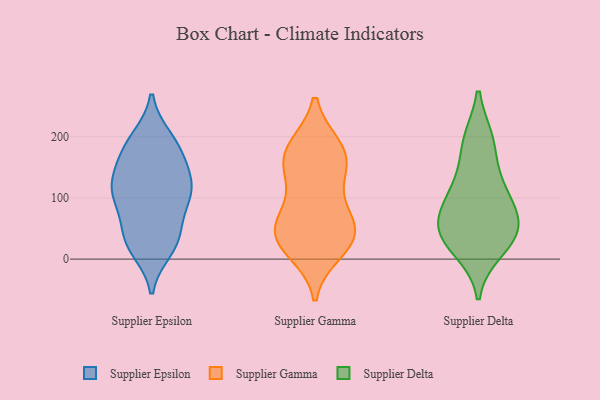
{"axis": {"x": "Energy Usage (MWh)", "y": "Value"}, "legend": ["Supplier Delta", "Supplier Epsilon", "Supplier Gamma"], "data": [{"x": "", "y": 181, "type": "Supplier Epsilon"}, {"x": "", "y": 191, "type": "Supplier Epsilon"}, {"x": "", "y": 197, "type": "Supplier Epsilon"}, {"x": "", "y": 110, "type": "Supplier Epsilon"}, {"x": "", "y": 96, "type": "Supplier Epsilon"}, {"x": "", "y": 35, "type": "Supplier Epsilon"}, {"x": "", "y": 149, "type": "Supplier Epsilon"}, {"x": "", "y": 106, "type": "Supplier Epsilon"}, {"x": "", "y": 24, "type": "Supplier Epsilon"}, {"x": "", "y": 16, "type": "Supplier Epsilon"}, {"x": "", "y": 118, "type": "Supplier Epsilon"}, {"x": "", "y": 136, "type": "Supplier Epsilon"}, {"x": "", "y": 123, "type": "Supplier Epsilon"}, {"x": "", "y": 31, "type": "Supplier Epsilon"}, {"x": "", "y": 53, "type": "Supplier Epsilon"}, {"x": "", "y": 174, "type": "Supplier Epsilon"}, {"x": "", "y": 91, "type": "Supplier Epsilon"}, {"x": "", "y": 183, "type": "Supplier Gamma"}, {"x": "", "y": 180, "type": "Supplier Gamma"}, {"x": "", "y": 81, "type": "Supplier Gamma"}, {"x": "", "y": 13, "type": "Supplier Gamma"}, {"x": "", "y": 136, "type": "Supplier Gamma"}, {"x": "", "y": 33, "type": "Supplier Gamma"}, {"x": "", "y": 25, "type": "Supplier Gamma"}, {"x": "", "y": 152, "type": "Supplier Gamma"}, {"x": "", "y": 57, "type": "Supplier Gamma"}, {"x": "", "y": 38, "type": "Supplier Gamma"}, {"x": "", "y": 43, "type": "Supplier Gamma"}, {"x": "", "y": 67, "type": "Supplier Gamma"}, {"x": "", "y": 181, "type": "Supplier Gamma"}, {"x": "", "y": 148, "type": "Supplier Gamma"}, {"x": "", "y": 40, "type": "Supplier Delta"}, {"x": "", "y": 46, "type": "Supplier Delta"}, {"x": "", "y": 33, "type": "Supplier Delta"}, {"x": "", "y": 193, "type": "Supplier Delta"}, {"x": "", "y": 95, "type": "Supplier Delta"}, {"x": "", "y": 131, "type": "Supplier Delta"}, {"x": "", "y": 110, "type": "Supplier Delta"}, {"x": "", "y": 193, "type": "Supplier Delta"}, {"x": "", "y": 63, "type": "Supplier Delta"}, {"x": "", "y": 65, "type": "Supplier Delta"}, {"x": "", "y": 15, "type": "Supplier Delta"}]}